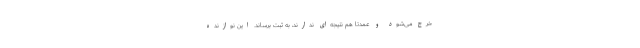
خرج می‌شود و عمدتا هم نتیجه‌ای ندارند، به ثبت برساند. این نوازنده